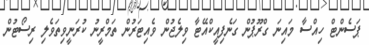
ޕަސެންޓް ހިއްސާ މައިނަ ގްރޫޕުން ގަނެފިއީކްއޭޓާ ވިލެޖުން ވެއިޓަރުން ތަމްރީނު ކުރަނީވިތަވެލި ރިސޯޓުން